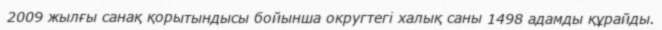
2009 жылғы санақ қорытындысы бойынша округтегі халық саны 1498 адамды құрайды.